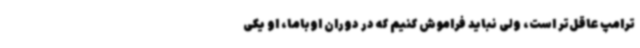
ترامپ عاقل‌تر است، ولی نباید فراموش کنیم که در دوران اوباما، او یکی